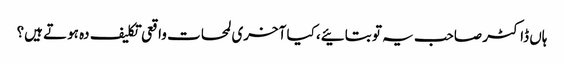
ہاں ڈاکٹر صاحب یہ تو بتائیے، کیا آخری لمحات واقعی تکلیف دہ ہوتے ہیں؟